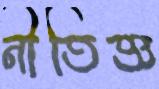
নীতিজ্ঞ